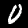
Label: 0